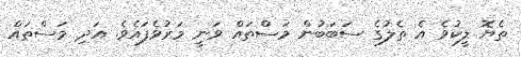
ތެޔޮ ލީކުވެ އެ ތެލުގެ ސަބަބުން މަސްތައް ވަނީ މަރުވެފައެވެ. އަދި މަސްތައް